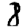
Digit: 8